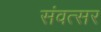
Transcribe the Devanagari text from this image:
संवत्‍सर